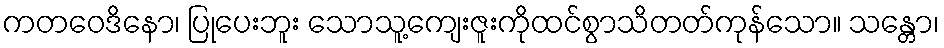
ကတဝေဒိနော၊ ပြုပေးဘူး သောသူ့ကျေးဇူးကိုထင်စွာသိတတ်ကုန်သော။ သန္တော၊